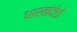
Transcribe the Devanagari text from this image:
धारबांदोडाे